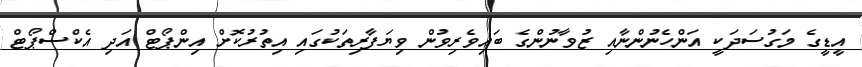
އީޑީގެ މަގުސަދަކީ އަންހެނުންނާއި ޒުވާނުންގެ ބައިވެރިވުން ވިޔަފާރިތަކުގައި އިތުރުކޮށް އިންޕޯޓް އަދި އެކްސްޕޯޓް